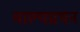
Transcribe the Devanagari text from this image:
माल्यग्रथन